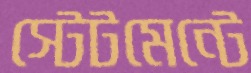
স্টেটমেন্টে